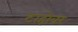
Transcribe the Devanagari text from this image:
टाहोवर